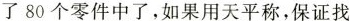
了80个零件中了，如果用天平称，保证找